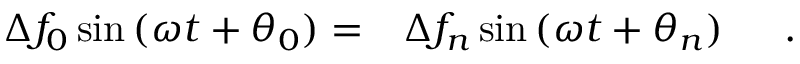
\begin{array} { r l } { \Delta f _ { 0 } \sin { ( \omega t + \theta _ { 0 } ) } = } & { { } \Delta f _ { n } \sin { ( \omega t + \theta _ { n } ) } } \end{array} \quad .